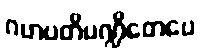
ဂဟပတိပဏ္ဍိတေပေ